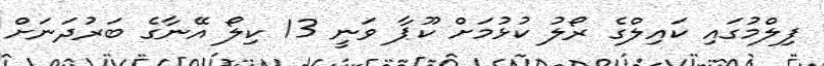
ފިލްމުގައި ކައިލްގެ ރޯލު ކުޅުމަށް ކޫޕާ ވަނީ 13 ކިލޯ އޭނާގެ ބަރުދަނަށް